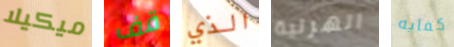
ميكيلا قف الذي الهزلية كفايه